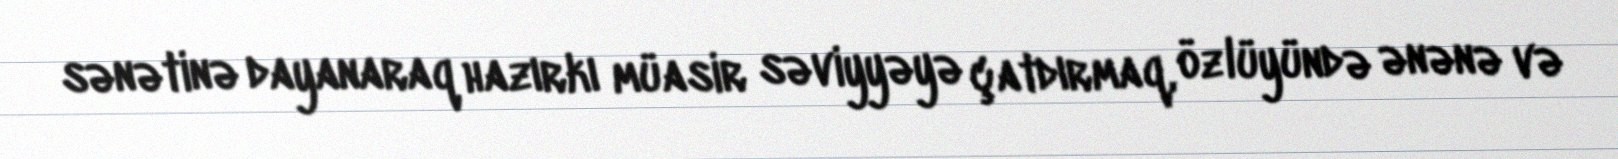
sənətinə dayanaraq hazırkı müasir səviyyəyə çatdırmaq, özlüyündə ənənə və